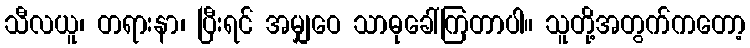
သီလယူ၊ တရားနာ၊ ပြီးရင် အမျှဝေ သာဓုခေါ်ကြတာပါ။ သူတို့အတွက်ကတော့